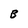
Character: B